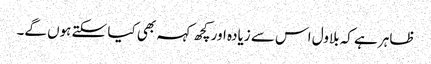
ظاہر ہے کہ بلاول اس سے زیادہ اور کچھ کہہ بھی کیا سکتے ہوں گے۔